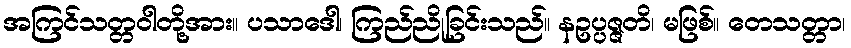
အကြင်သတ္တဝါတို့အား။ ပသာဒေါ၊ ကြည်ညိုခြင်းသည်။ နဥပ္ပဇ္ဇတိ၊ မဖြစ်။ တေသတ္တာ၊